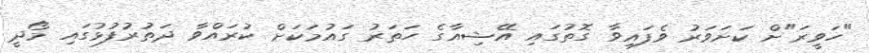
"ހަވީރަ"ށް ކަށަވަރު ވެފައިވާ ގޮތުގައި އޭޝިއާގެ ހަތަރު ގައުމަކަށް ކުރައްވާ ދަތުރުފުޅުގައި މޯދީ